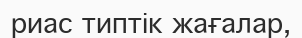
риас типтік жағалар,